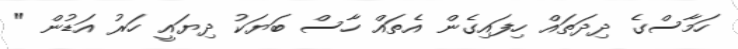
ހަމާސްގެ ދިދަތައް ހިފައިގެން އެތައް ހާސް ބަޔަކު ދިޔައީ ހަރު އަޑުން "